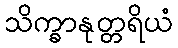
သိက္ခာနုတ္တရိယံ